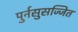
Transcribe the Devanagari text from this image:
पुर्नसुसज्जित